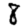
Digit: 8